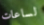
لساعات